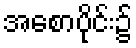
အစောပိုင်း၌